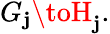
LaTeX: G_{\mathbf{j}}\toH_{\mathbf{j}}.